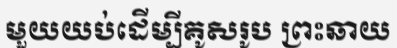
មួយយប់ដើម្បីគូសរូប ព្រះឆាយ